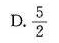
D. \frac{5}{2}